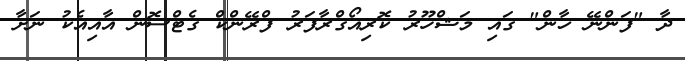
ދާ "ފަންނޭ ޚާން" ގައި މަޝްހޫރު ކޮރިއޯގްރާފަރު ފްރޭންކް ގެޓްސޮން އާއިއެކު ނަށާ